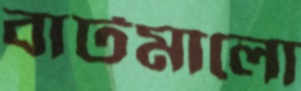
বাটমালো